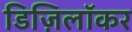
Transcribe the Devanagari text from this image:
डिज़िलॉकर